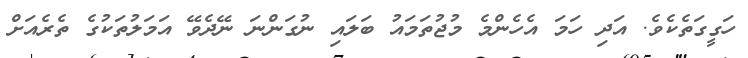
ހަގީގަތެކެވެ. އަދި ހަމަ އެހެންމެ މުޖުތަމައު ބަލައި ނުގަންނަ ނޭދެވޭ އަމަލުތަކުގެ ތެރެއަށް